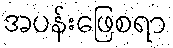
အပန်းဖြေစရာ